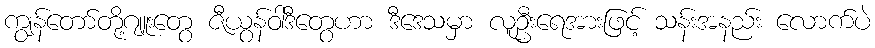
ကျွန်တော်တို့ဂျူးတွေ ဇီယွန်ဝါဒီတွေဟာ ဒီဒေသမှာ လူဦးရေအားဖြင့် သန်းအနည်း လောက်ပဲ